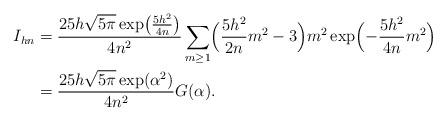
LaTeX: \begin{align*} \begin{aligned} I_{hn}&=\frac{25h\sqrt{5\pi}\exp\bigl(\frac{5h^2}{4n}\bigr)}{4n^2}\sum_{m\ge 1}\Bigl(\frac{5 h^{2}}{2n}m^2-3\Bigr)m^2 \exp\Bigl(-\frac{5h^2}{4n}m^2\Bigr)\\ &=\frac{25h\sqrt{5\pi}\exp(\alpha^2)}{4n^2}G(\alpha). \end{aligned} \end{align*}